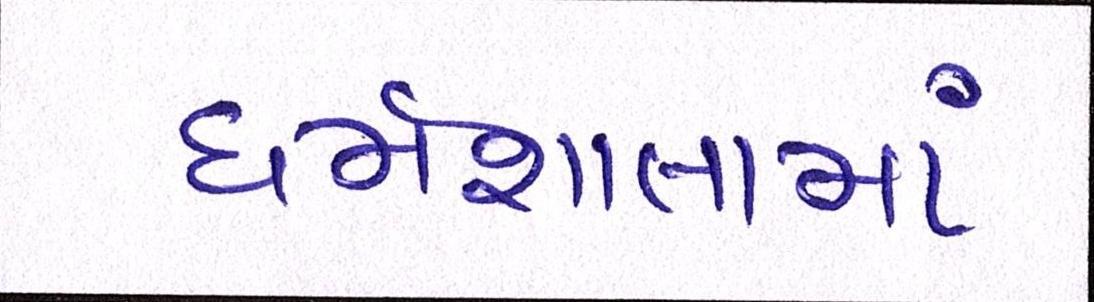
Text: ધર્મશાલામાં